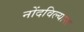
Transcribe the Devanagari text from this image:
नोंदविल्यास